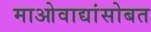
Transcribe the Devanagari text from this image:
माओवाद्यांसोबत